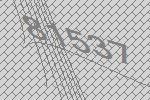
81537